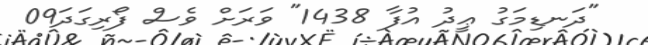
"ދަނޑިމަގު ޢީދު އުފާ 1438" ވަރަށް ވެސް ފޯރިގަދަ09